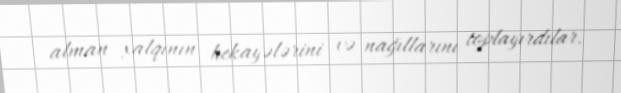
alman xalqının hekayələrini və nağıllarını toplayırdılar.